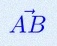
\vec{AB}